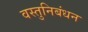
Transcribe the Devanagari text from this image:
वस्तुनिबंधन